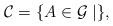
LaTeX: \begin{align*}\mathcal{C}=\{A\in \mathcal{G}\mid \},\end{align*}